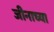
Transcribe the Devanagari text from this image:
जीनाच्या